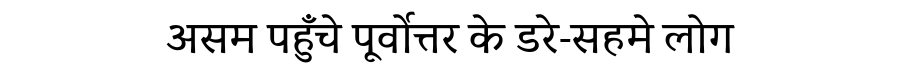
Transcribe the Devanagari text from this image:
असम पहुँचे पूर्वोत्तर के डरे-सहमे लोग